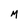
Character: M